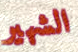
الشهير